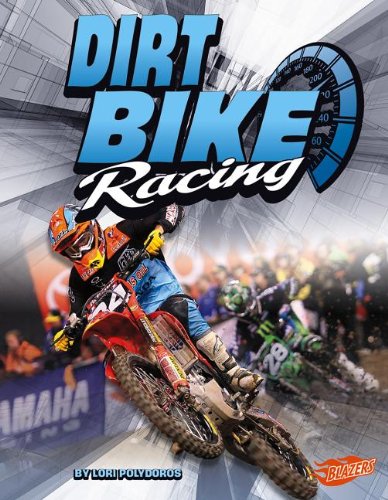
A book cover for Dirt Bike Racing (Super Speed); Lori Polydoros; Children's Books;